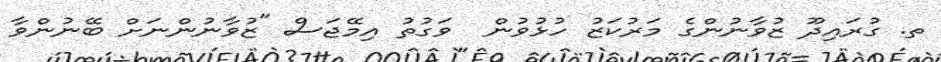
ތ. ގުރައިދޫ ޒުވާނުންގެ މަރުކަޒު ހުޅުވުން  ވަގުތު އިމޭޖަސް "ޒުވާނުންނަށް ބޭނުންވާ